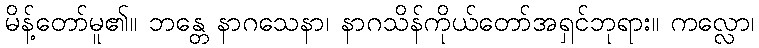
မိန့်တော်မူ၏။ ဘန္တေ နာဂသေနာ၊ နာဂသိန်ကိုယ်တော်အရှင်ဘုရား။ ကလ္လော၊